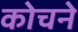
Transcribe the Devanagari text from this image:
कोचने